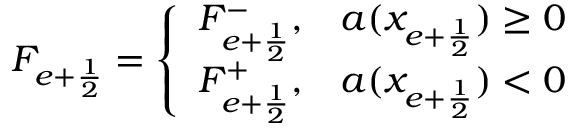
F _ { e + \frac { 1 } { 2 } } = \left\{ \begin{array} { l l } { F _ { e + \frac { 1 } { 2 } } ^ { - } , } & { a ( x _ { e + \frac { 1 } { 2 } } ) \ge 0 } \\ { F _ { e + \frac { 1 } { 2 } } ^ { + } , } & { a ( x _ { e + \frac { 1 } { 2 } } ) < 0 } \end{array} \right.